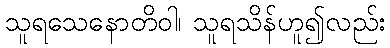
သူရသေနောတိဝါ၊ သူရသိန်ဟူ၍လည်း